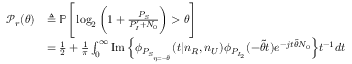
\begin{array} { r l } { \mathcal { P } _ { r } ( \theta ) } & { \triangleq \mathbb { P } \Bigg [ \log _ { 2 } \bigg ( 1 + \frac { P _ { S } } { P _ { I } ^ { \prime } + N _ { 0 } } \bigg ) > \theta \Bigg ] } \\ & { = \frac { 1 } { 2 } + \frac { 1 } { \pi } \int _ { 0 } ^ { \infty } \operatorname { I m } \Big \{ \phi _ { P _ { S _ { \eta = - \Tilde { \theta } } } } ( t | n _ { R } , n _ { U } ) \phi _ { P _ { I _ { 2 } } } ( - \Tilde { \theta } t ) e ^ { - j t \Tilde { \theta } N _ { 0 } } \Big \} t ^ { - 1 } d t } \end{array}